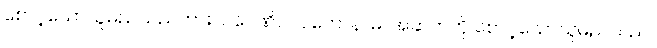
စောင့်သောသူမည်သည်ကား။ ပဝေဏိပါလကောနာမ၊ အဆက်ကို စောင့်သောသူမည်သည်။